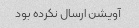
آویشن ارسال نکرده بود